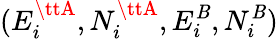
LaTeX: (E_{i}^{{\ttA}},N_{i}^{{\ttA}},E_{i}^{{\tt\mathit{B}}},N_{i}^{{\tt\mathit{B}}})